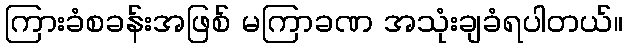
ကြားခံစခန်းအဖြစ် မကြာခဏ အသုံးချခံရပါတယ်။